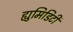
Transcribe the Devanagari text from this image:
ह्युमिडिटी